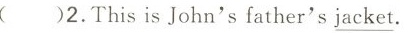
( )2.This is John's father's\underline{ jacket}.